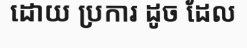
ដោយ ប្រការ ដូច ដែល